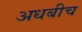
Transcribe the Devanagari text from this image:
अधबीच